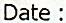
DATE :